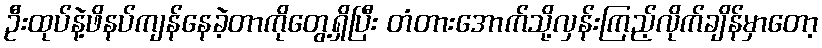
ဦးထုပ်နဲ့ဖိနပ်ကျန်နေခဲ့တာကိုတွေ့ရှိပြီး တံတားအောက်သို့လှန်းကြည့်လိုက်ချိန်မှာတော့